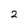
Character: 2